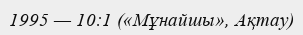
1995 — 10:1 («Мұнайшы», Ақтау)